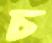
চ